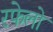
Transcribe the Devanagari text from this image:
रफेलो